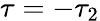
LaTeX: \tau=-\tau_{2}